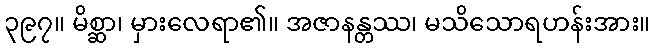
၃၉၇။ မိစ္ဆာ၊ မှားလေရာ၏။ အဇာနန္တဿ၊ မသိသောရဟန်းအား။